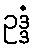
ဥဒ္ဒံ